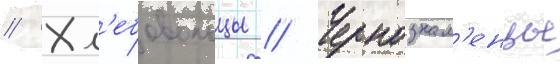
// Хл'ебовольцы // Чернознам'енцы